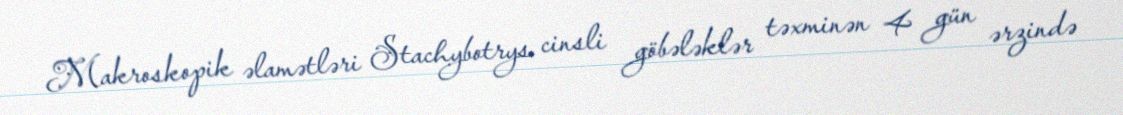
Makroskopik əlamətləri Stachybotrys cinsli göbələklər təxminən 4 gün ərzində